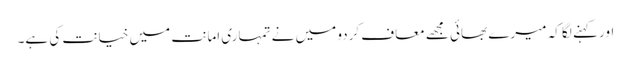
اور کہنے لگا کہ میرے بھائی مجھے معاف کردو میں نے تمہاری امانت میں خیانت کی ہے۔